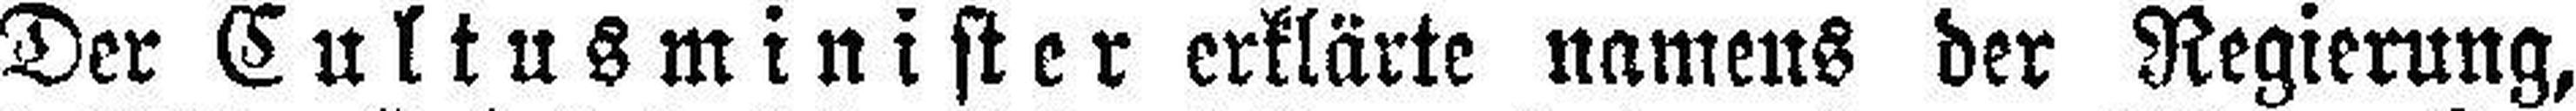
Der Cultusminister erklärte namens der Regierung,